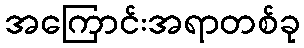
အကြောင်းအရာတစ်ခု